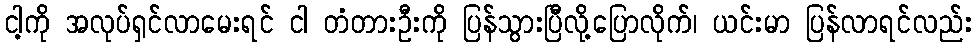
ငါ့ကို အလုပ်ရှင်လာမေးရင် ငါ တံတားဦးကို ပြန်သွားပြီလို့ပြောလိုက်၊ ယင်းမာ ပြန်လာရင်လည်း